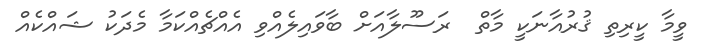
ވީމާ ކީރިތި ޤުރުއާނަކީ މާތް  ރަސޫލާއަށް ބާވައިލެއްވި އެއްޗެއްކަމާ މެދަކު ޝައްކެއް